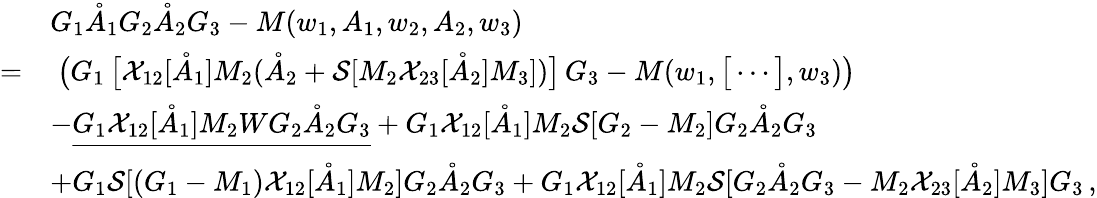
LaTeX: \begin{array}{rl}&{G_{1}\mathring{A}_{1}G_{2}\mathring{A}_{2}G_{3}-M(w_{1},A_{1},w_{2},A_{2},w_{3})}\\ {=}&{\ \big(G_{1}\, \big[\mathcal{X}_{12}[\mathring{A}_{1}]M_{2}(\mathring{A}_{2}+\mathcal{S}[M_{2}\mathcal{X}_{23}[\mathring{A}_{2}]M_{3}])\big]\, G_{3}-M(w_{1},\big[\cdots\big],w_{3})\big)}\\ &{-\underline{{G_{1}\mathcal{X}_{12}[\mathring{A}_{1}]M_{2}WG_{2}\mathring{A}_{2}G_{3}}}+G_{1}\mathcal{X}_{12}[\mathring{A}_{1}]M_{2}\mathcal{S}[G_{2}-M_{2}]G_{2}\mathring{A}_{2}G_{3}}\\ &{+G_{1}\mathcal{S}[(G_{1}-M_{1})\mathcal{X}_{12}[\mathring{A}_{1}]M_{2}]G_{2}\mathring{A}_{2}G_{3}+G_{1}\mathcal{X}_{12}[\mathring{A}_{1}]M_{2}\mathcal{S}[G_{2}\mathring{A}_{2}G_{3}-M_{2}\mathcal{X}_{23}[\mathring{A}_{2}]M_{3}]G_{3}\, ,}\end{array}